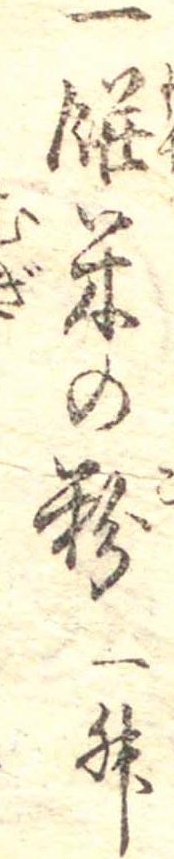
一餅米の粉一升